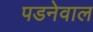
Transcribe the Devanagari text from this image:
पडनेवाल